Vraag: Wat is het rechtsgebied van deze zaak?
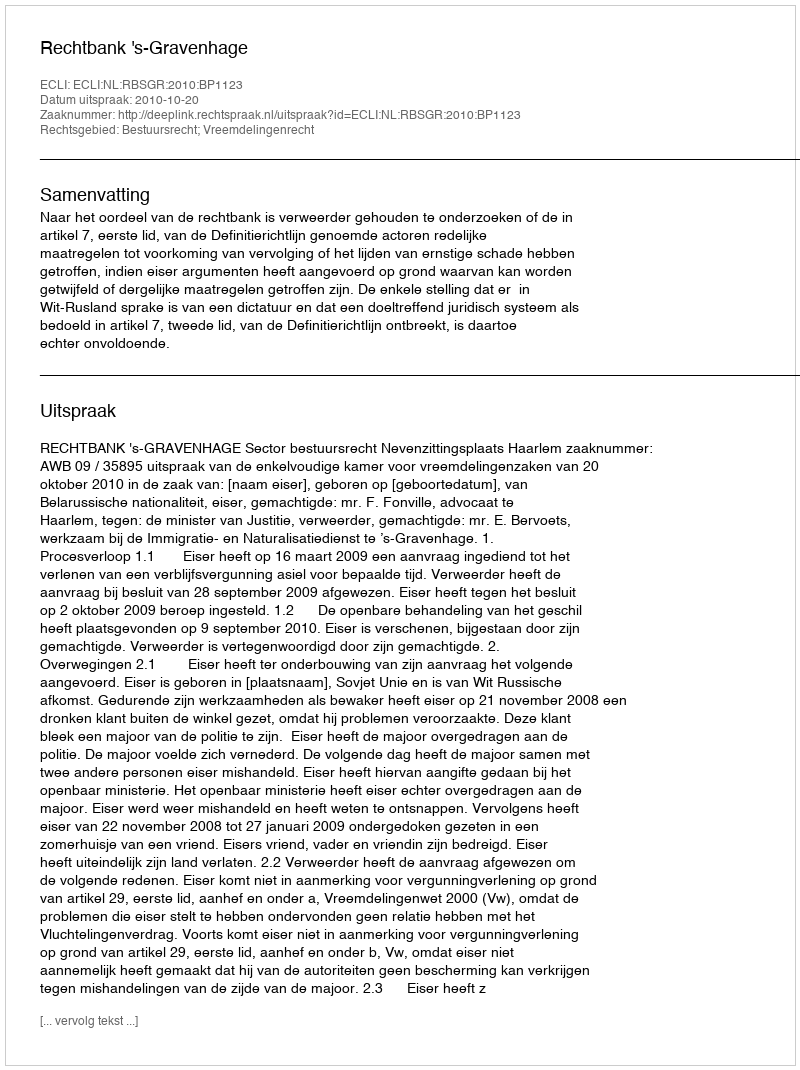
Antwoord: Bestuursrecht; Vreemdelingenrecht